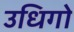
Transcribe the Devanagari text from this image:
उधिगो